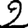
Digit: 2